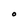
Character: O